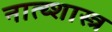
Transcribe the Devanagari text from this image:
नात्य्शास्त्र